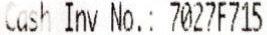
CASH INV NO.: 7027F715